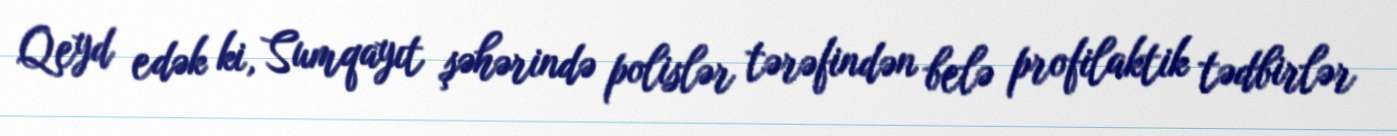
Qeyd edək ki, Sumqayıt şəhərində polislər tərəfindən belə profilaktik tədbirlər